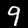
Label: 9